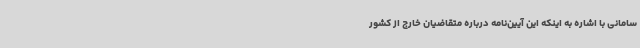
سامانی با اشاره به اینکه این آیین‌نامه درباره متقاضیان خارج از کشور